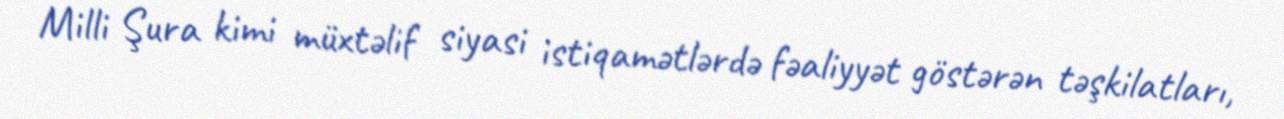
Milli Şura kimi müxtəlif siyasi istiqamətlərdə fəaliyyət göstərən təşkilatları,